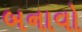
બનાવો